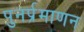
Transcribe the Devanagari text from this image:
पुनर्प्रमाणन